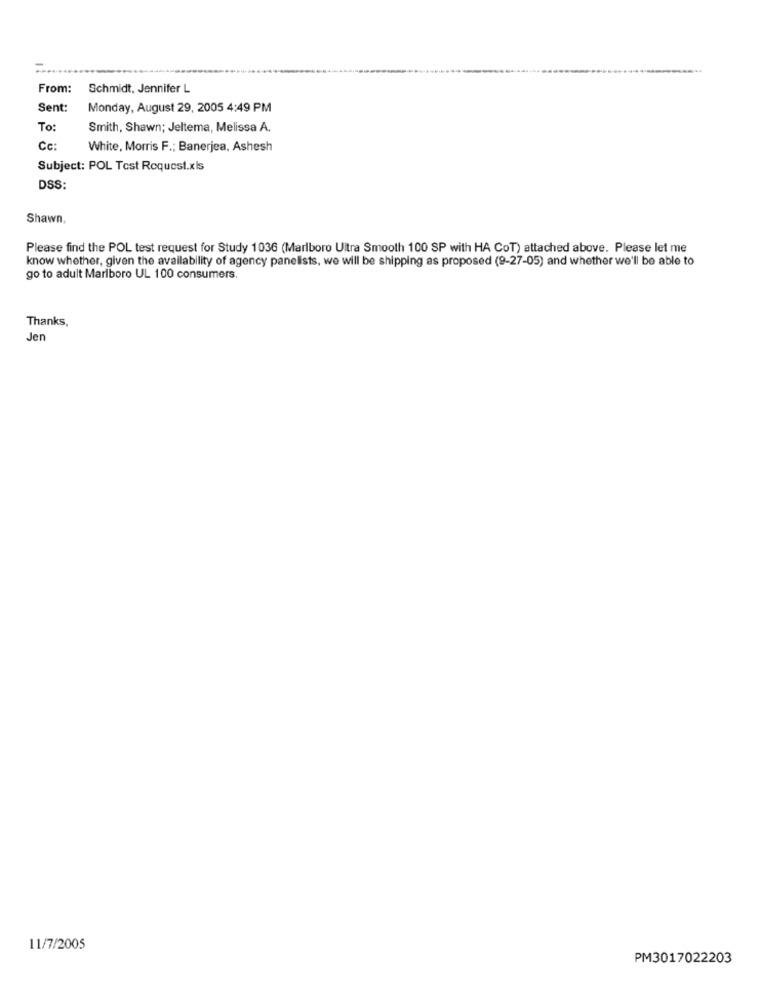
From:
Schmidt, Jennifer L
Sent:
Monday, August 29, 2005 4:49 PM
To:
Smith, Shawn; Jeltema, Melissa A.
Cc:
White, Morris F .; Banerjea, Ashesh
Subject: POL Test Request.xls
DSS:
Shawn,
Please find the POL test request for Study 1036 (Marlboro Ultra Smooth 100 SP with HA CoT) attached above. Please let me
know whether, given the availability of agency panelists, we will be shipping as proposed (9-27-05) and whether we'll be able to
go to adult Marlboro UL 100 consumers.
Thanks,
Jen
11/7/2005
PM3017022203